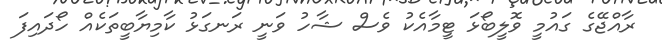
ރާއްޖޭގެ ގައުމީ ވޮލީބޯޅަ ޓީމާއެކު ވެސް ޝާހު ވަނީ ރަނގަޅު ކާމިޔާބީތަކެއް ހޯދައިފަ